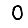
Digit: 0